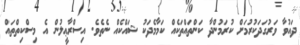
ދައުވާ ވަރުގަދަކުރުމަށް ކުރަމުންދާ ކަންތައްތަކެއް ކަމާމެދަކު ޝައްކެއް ނެތެވެ. އިސްރާޢީލުން އެ މިސްކިތްތައް